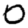
Digit: 0